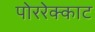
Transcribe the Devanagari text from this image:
पोररेक्काट